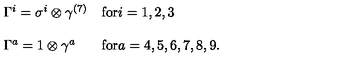
\begin{array} { l l } { \Gamma ^ { i } = \sigma ^ { i } \otimes \gamma ^ { ( 7 ) } } & { \mathrm { f o r } i = 1 , 2 , 3 } \\ { { } } & { { } } \\ { \Gamma ^ { a } = 1 \otimes \gamma ^ { a } } & { \mathrm { f o r } a = 4 , 5 , 6 , 7 , 8 , 9 . } \\ \end{array}